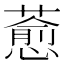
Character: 𦾤